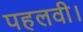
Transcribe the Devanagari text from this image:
पहलवी।